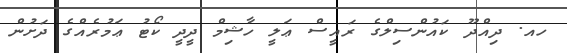
ހއ. ދިއްދޫ ކައުންސިލްގެ ރައީސް ޢަލީ ހާޝިމް ދީދީ ކޯޓު ޢަމުރެއްގެ ދަށުން